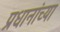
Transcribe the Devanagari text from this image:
प्रधानांच्या